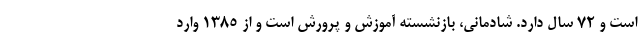
است و ۷۲ سال دارد. شادمانی، بازنشسته آموزش و پرورش است و از ۱۳۸۵ وارد